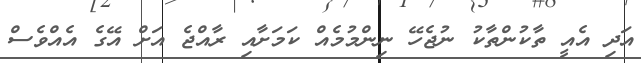
އަދި އެއީ ތާކުންތާކު ނުޖެހޭ ނިންމުމެއް ކަމަށާއި ރާއްޖެ އަށް އޭގެ އެއްވެސް